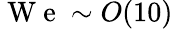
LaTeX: \mathrm{~W~e~}\sim O(10)